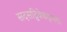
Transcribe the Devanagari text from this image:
सदसद्विवेकक्षमता